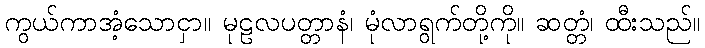
ကွယ်ကာအံ့သောငှာ။ မုဠလပတ္တာနံ၊ မုံလာရွက်တို့ကို။ ဆတ္တံ၊ ထီးသည်။